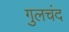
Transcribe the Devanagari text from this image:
गुलचंद